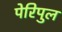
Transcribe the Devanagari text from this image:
पेरिपुल